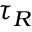
\tau _ { R }